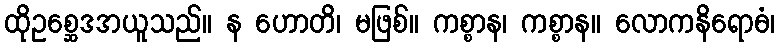
ထိုဥစ္ဆေဒအယူသည်။ န ဟောတိ၊ မဖြစ်။ ကစ္စာန၊ ကစ္စာန။ လောကနိရောဓံ၊